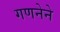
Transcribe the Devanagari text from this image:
गणनेने